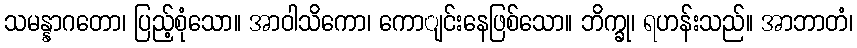
သမန္နာဂတော၊ ပြည့်စုံသော။ အာဝါသိကော၊ ကောျင်းနေဖြစ်သော။ ဘိက္ခု၊ ရဟန်းသည်။ အာဘာတံ၊